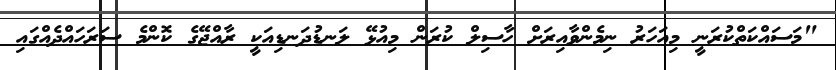
"މަސައްކަތްކުރަނީ މިއަހަރު ނިމެންވާއިރަށް ހާސިލް ކުރަން މިއުޅޭ ލަނޑުދަނޑިއަކީ ރާއްޖޭގެ ކޮންމެ ސަރަހައްދެއްގައި